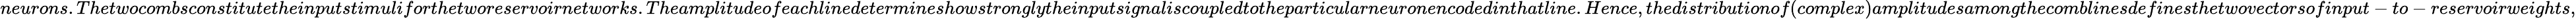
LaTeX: neurons.Thetwocombsconstitutetheinputstimuliforthetworeservoirnetworks.Theamplitudeofeachlinedetermineshowstronglytheinputsignaliscoupledtotheparticularneuronencodedinthatline.Hence,thedistributionof(complex)amplitudesamongthecomblinesdefinesthetwovectorsofinput-to-reservoirweights,